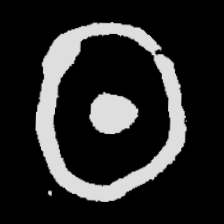
Pyu character \u2014 Myanmar letter: ထ (romanized: tha)